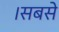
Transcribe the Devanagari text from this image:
।सबसे